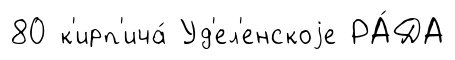
80 к'ирп'ича́ Уд'ел'енскоjе РА́ДА